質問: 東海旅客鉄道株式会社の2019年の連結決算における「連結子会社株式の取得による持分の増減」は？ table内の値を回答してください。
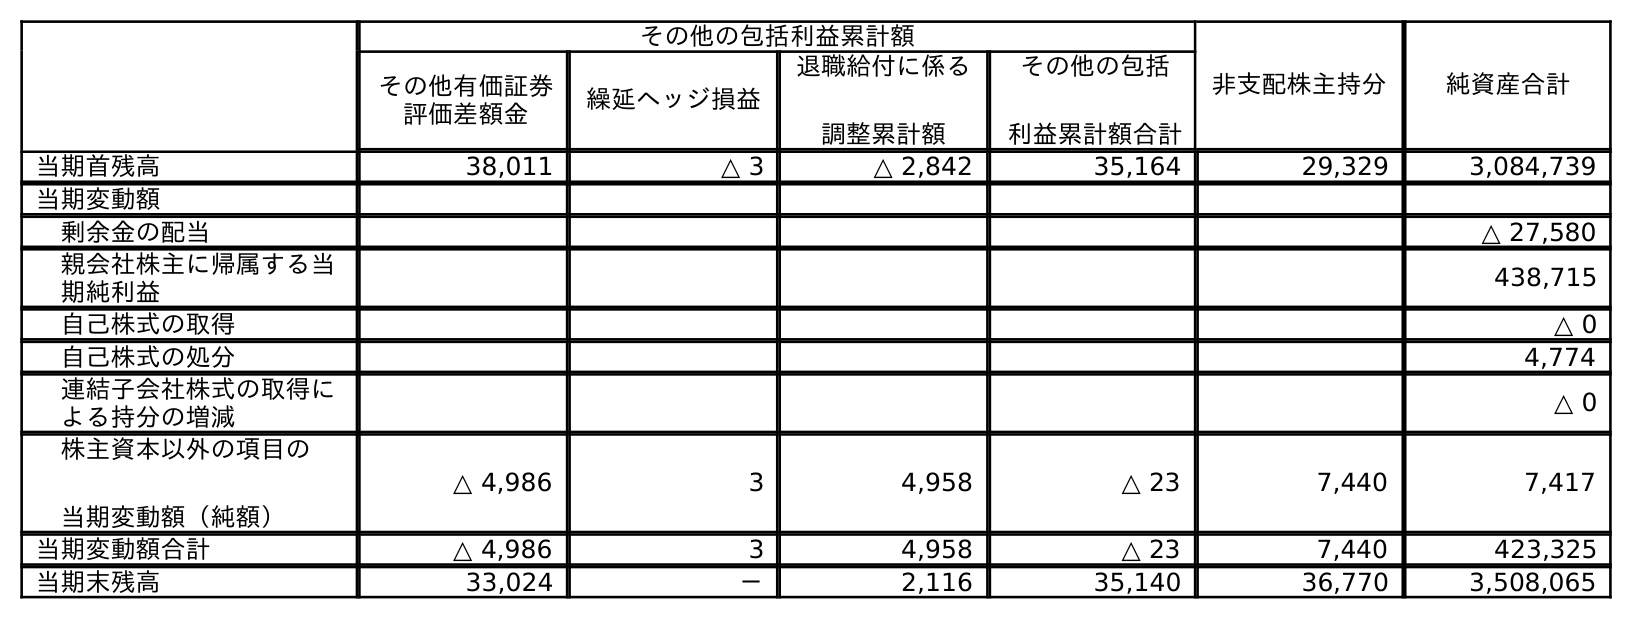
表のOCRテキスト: その他の包括利益累計額 非支配株主持分 純資産合計 その他有価証券 評価差額金 繰延ヘッジ損益 退職給付に係る 調整累計額 その他の包括 利益累計額合計 当期首残高 38,011 △ 3 △ 2,842 35,164 29,329 3,084,739 当期変動額 剰余金の配当 △ 27,580 親会社株主に帰属する当 期純利益 438,715 自己株式の取得 △ 0 自己株式の処分 4,774 連結子会社株式の取得に よる持分の増減 △ 0 株主資本以外の項目の 当期変動額（純額） △ 4,986 3 4,958 △ 23 7,440 7,417 当期変動額合計 △ 4,986 3 4,958 △ 23 7,440 423,325 当期末残高 33,024 － 2,116 35,140 36,770 3,508,065
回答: △0